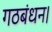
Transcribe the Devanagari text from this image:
गठबंधन।